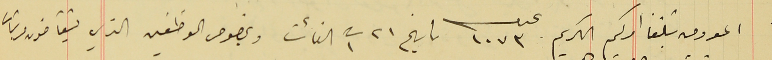
المعروض تبلغنا امركم الكريم عدد ١٠٧٣ تاريخ ٢١ ت١ الفائت وبخصوص الموظفين الذي يتقاضون مرتبات